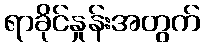
ရာခိုင်နှုန်းအတွက်